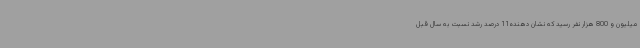
میلیون و 800 هزار نفر رسید که نشان دهنده11 درصد رشد نسبت به سال قبل